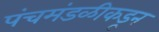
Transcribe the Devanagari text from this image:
पंचमंडळीकडून